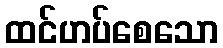
ထင်ဟပ်စေသော